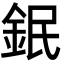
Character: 鈱